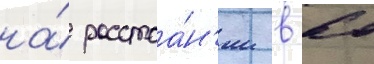
на́ расстоа́н'ии в 60